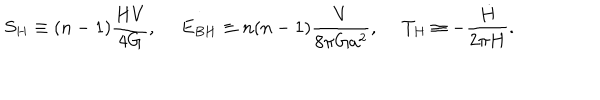
S _ { H } \equiv ( n - 1 ) { \frac { H V } { 4 G } } , \ E _ { B H } \equiv n ( n - 1 ) { \frac { V } { 8 \pi G a ^ { 2 } } } , \ T _ { H } \equiv - { \frac { \dot { H } } { 2 \pi H } } .